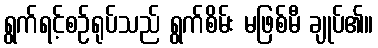
ရွက်ရင့်စဉ်ရုပ်သည် ရွက်စိမ်း မဖြစ်မီ ချုပ်၏။